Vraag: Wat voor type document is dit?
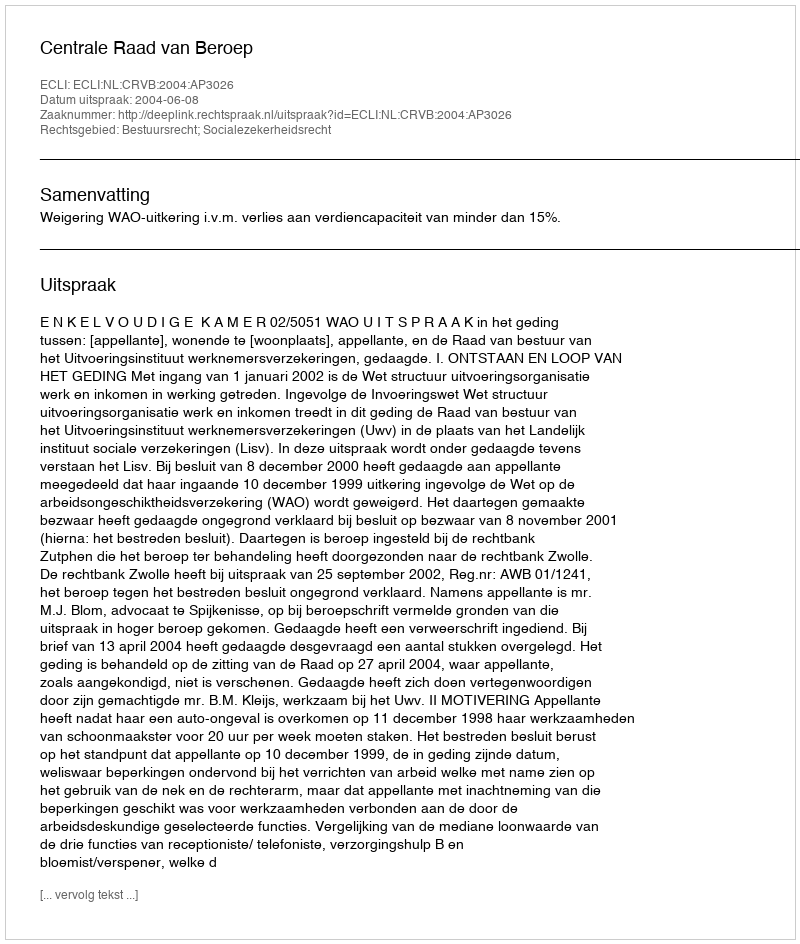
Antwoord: Uitspraak